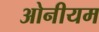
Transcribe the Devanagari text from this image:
ओनीयम